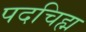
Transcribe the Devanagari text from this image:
पदचिह्म